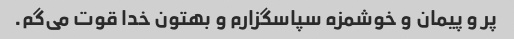
پر و پیمان و خوشمزه سپاسگزارم و بهتون خدا قوت می‌گم.